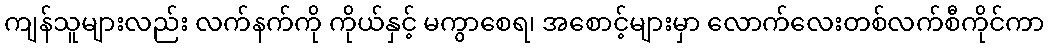
ကျန်သူများလည်း လက်နက်ကို ကိုယ်နှင့် မကွာစေရ၊ အစောင့်များမှာ လောက်လေးတစ်လက်စီကိုင်ကာ